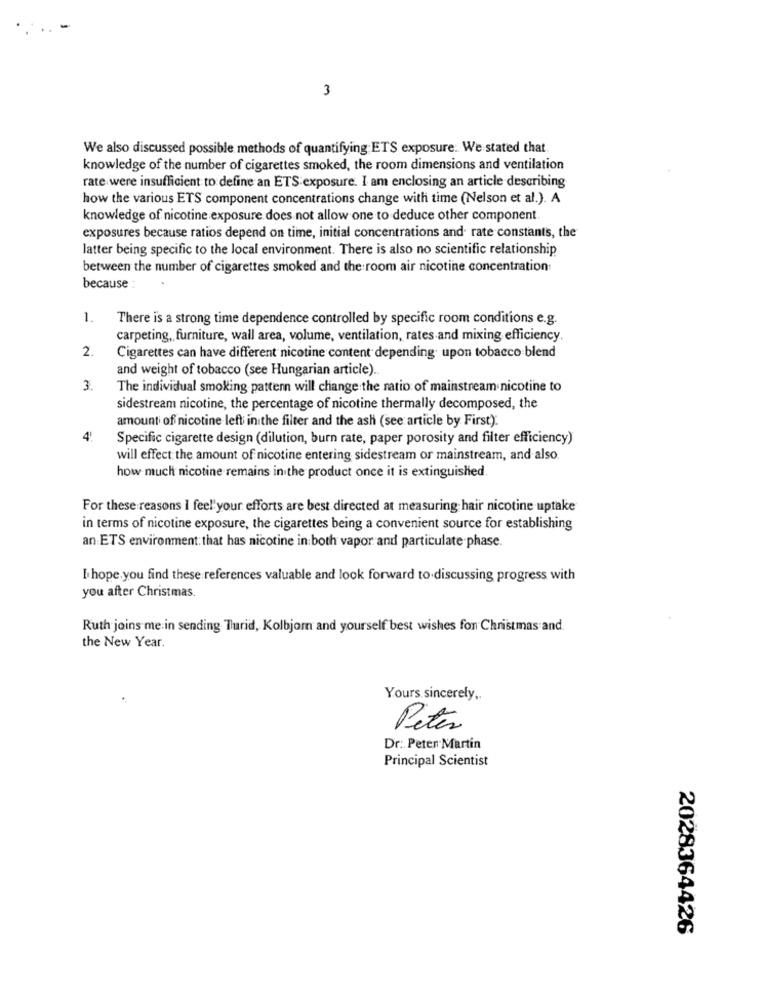
3
We also discussed possible methods of quantifying ETS exposure. We stated that
knowledge of the number of cigarettes smoked, the room dimensions and ventilation
rate were insufficient to define an ETS exposure. I am enclosing an article describing
how the various ETS component concentrations change with time (Nelson et al.). A
knowledge of nicotine exposure does not allow one to deduce other component.
exposures because ratios depend on time, initial concentrations and rate constants, the
latter being specific to the local environment. There is also no scientific relationship
between the number of cigarettes smoked and the room air nicotine concentration
because :
1.
There is a strong time dependence controlled by specific room conditions e.g.
carpeting, furniture, wall area, volume, ventilation, rates and mixing efficiency.
2.
Cigarettes can have different nicotine content depending upon tobacco blend
and weight of tobacco (see Hungarian article) ..
3.
The individual smoking pattern will change the natio of mainstream nicotine to
sidestream nicotine, the percentage of nicotine thermally decomposed, the
amount of nicotine left inithe filter and the ash (see article by First).
4'
Specific cigarette design (dilution, burn rate, paper porosity and filter efficiency)
will effect the amount of nicotine entering sidestream or mainstream, and also.
how much nicotine remains in the product once it is extinguished
For these reasons I feel'your efforts are best directed at measuring hair nicotine uptake
in terms of nicotine exposure, the cigarettes being a convenient source for establishing
an ETS environment: that has nicotine in both vapor and particulate phase.
I hope.you find these references valuable and look forward to discussing progress with
you after Christmas.
Ruth joins me in sending Turid, Kolbjorn and yourself best wishes for Christmas and
the New Year.
Yours sincerely ..
Peter
Dr: Peter Martin
Principal Scientist
2028364426